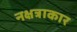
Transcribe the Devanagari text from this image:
नक्षत्राकार